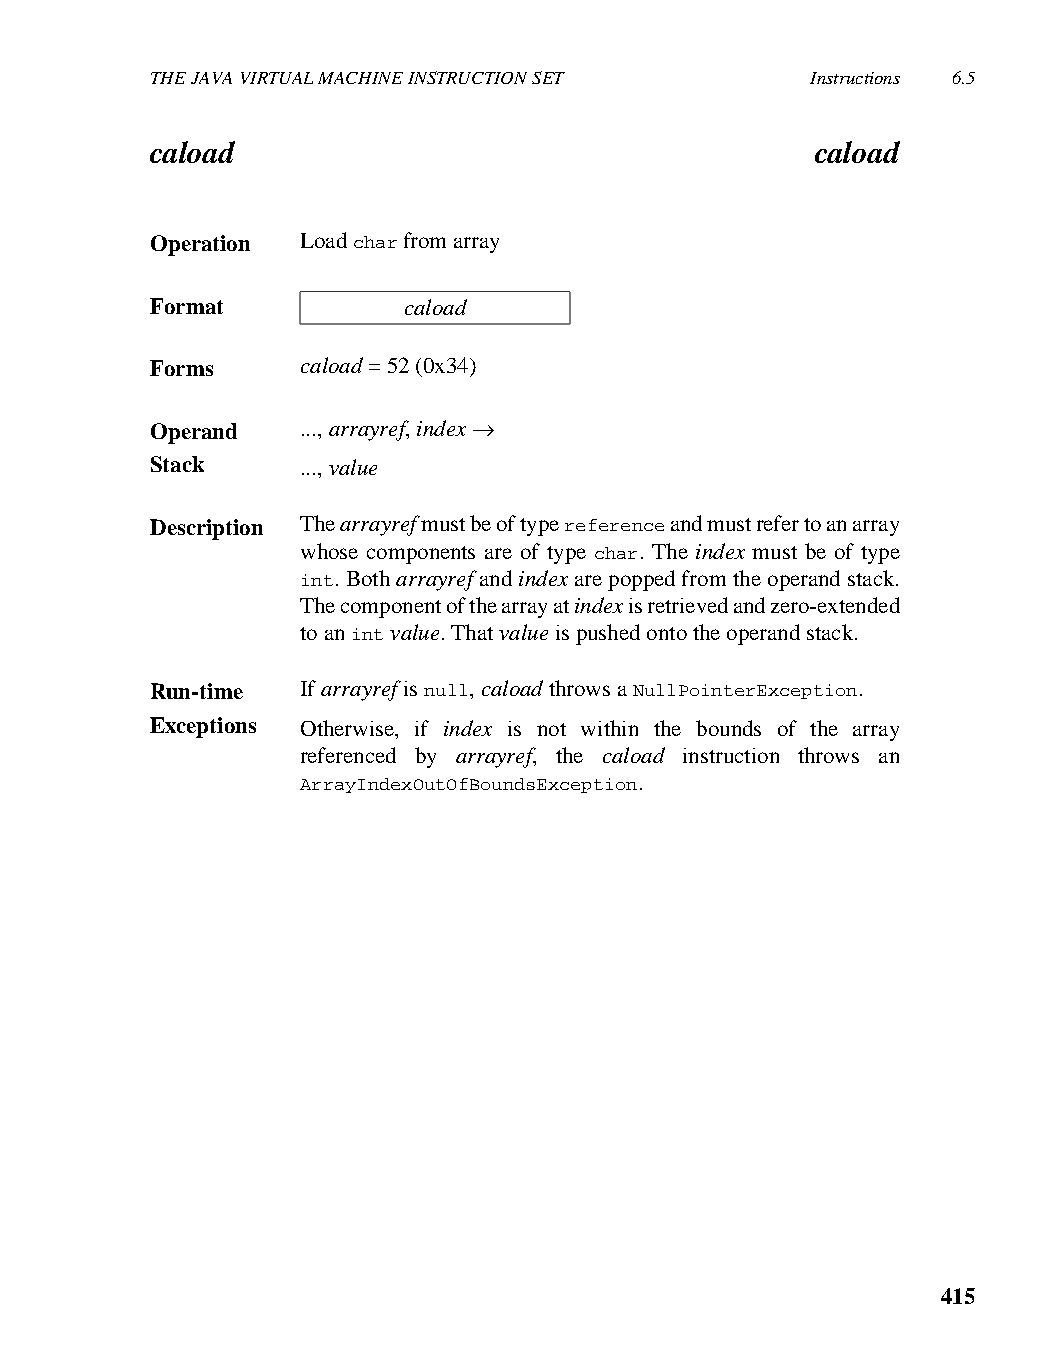
THE JAVA VIRTUAL MACHINE INSTRUCTION SET    Instructions 6.5
 caload                                      caload
 Operation Load char from array
 Format           caload
 Forms     caload = 52 (0x34)
 Operand   ..., arrayref, index →
 Stack     ..., value
 Description The arrayref must be of type reference and must refer to an array
 whose components are of type char. The index must be of type
 int. Both arrayref and index are popped from the operand stack.
 The component of the array at index is retrieved and zero-extended
 to an int value. That value is pushed onto the operand stack.
 Run-time  If arrayref is null, caload throws a NullPointerException.
 Exceptions Otherwise, if index is not within the bounds of the array
 referenced by arrayref, the caload instruction throws an
 ArrayIndexOutOfBoundsException.
 415